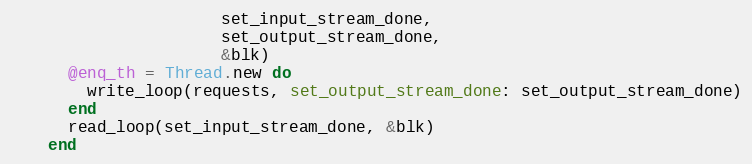
Language: Ruby
                      set_input_stream_done,
                      set_output_stream_done,
                      &blk)
      @enq_th = Thread.new do
        write_loop(requests, set_output_stream_done: set_output_stream_done)
      end
      read_loop(set_input_stream_done, &blk)
    end